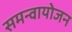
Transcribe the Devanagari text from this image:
समन्वायोजन